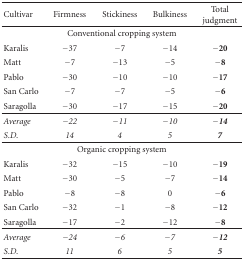
| Cultivar | Firmness | Stickiness | Bulkiness | Total judgment |
 | --- | --- | --- | --- | --- |
 | <COLSPAN=5> Conventional cropping system |
 | Karalis | −37 | −7 | −14 | −20 |
 | Matt | −7 | −13 | −5 | −8 |
 | Pablo | −30 | −10 | −10 | −17 |
 | San Carlo | −7 | −7 | −5 | −6 |
 | Saragolla | −30 | −17 | −15 | −20 |
 | Average | −22 | −11 | −10 | −14 |
 | S.D. | 14 | 4 | 5 | 7 |
 | <COLSPAN=5> Organic cropping system |
 | Karalis | −32 | −15 | −10 | −19 |
 | Matt | −30 | −5 | −7 | −14 |
 | Pablo | −8 | −8 | 0 | −6 |
 | San Carlo | −32 | −1 | −8 | −12 |
 | Saragolla | −17 | −2 | −12 | −8 |
 | Average | −24 | −6 | −7 | −12 |
 | S.D. | 11 | 6 | 5 | 5 |